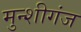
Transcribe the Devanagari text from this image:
मुन्शीगंज